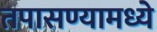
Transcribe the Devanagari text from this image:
तपासण्यामध्ये